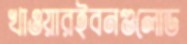
খাওয়ারইবনগুলোড